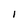
Character: I